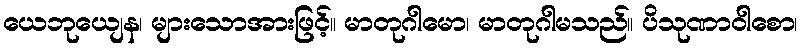
ယေဘုယျေန၊ များသောအားဖြင့်။ မာတုဂါမော၊ မာတုဂါမသည်။ ပိသုဏာဝါစော၊